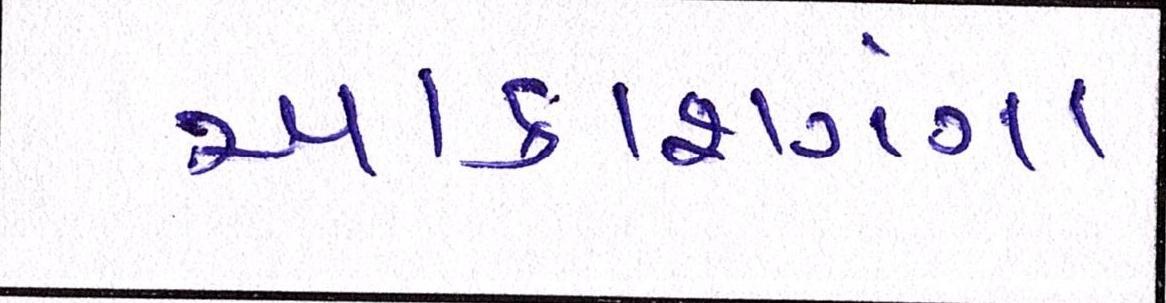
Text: આકાશગંગા